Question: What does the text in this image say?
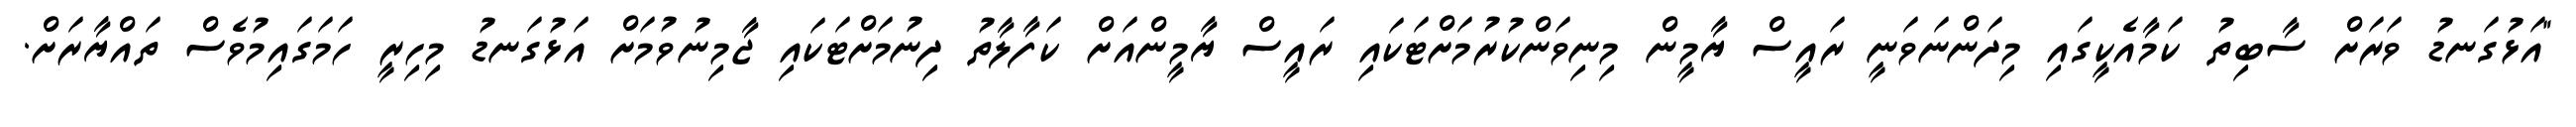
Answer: "އަޅުގަނޑު ވަރަށް ސާބިތު ކަމާއެކީގައި މިދަންނަވަނީ ރައީސް ޔާމީން މިނިވަންކުރުމަށްޓަކައި ރައީސް ޔާމީންއަށް ކަފާލާތު ދިނުމަށްޓަކައި ޖާމިނުވުމަށް އަޅުގަނޑު މިހިރީ ހަމަގައިމުވެސް ތައްޔާރަށް.